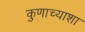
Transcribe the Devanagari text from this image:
कुणाच्याशा